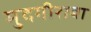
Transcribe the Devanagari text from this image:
मुदगीराबा